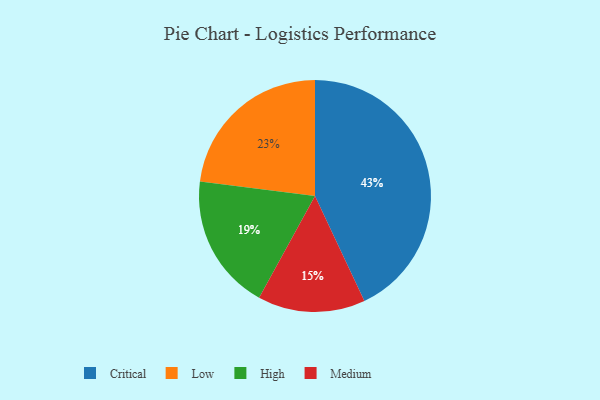
{"axis": {"x": "Category", "y": "Percentage"}, "legend": ["Critical", "High", "Low", "Medium"], "data": [{"x": "Low", "y": 23, "type": "Low"}, {"x": "High", "y": 19, "type": "High"}, {"x": "Medium", "y": 15, "type": "Medium"}, {"x": "Critical", "y": 43, "type": "Critical"}]}